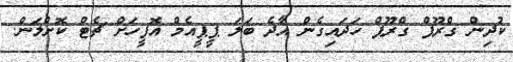
ކުދިން ގްރޫޕް ގްރޫޕް ހަދައިގެން އާދެ ބަލަ ޕީޕީއެމް އޮފީހަށް ޗެޓް ކޮށްލަން.